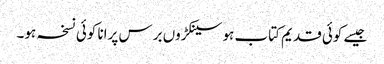
جیسے کوئی قدیم کتاب ہو سینکڑوں برس پرانا کوئی نسخہ ہو۔